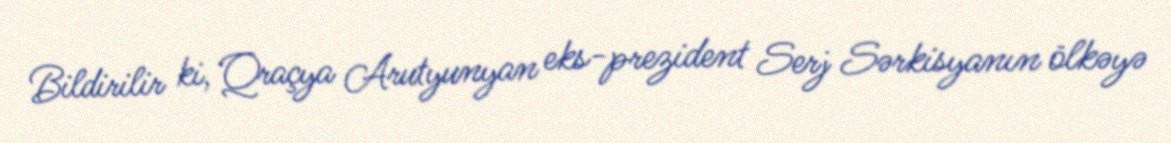
Bildirilir ki, Qraçya Arutyunyan eks-prezident Serj Sərkisyanın ölkəyə